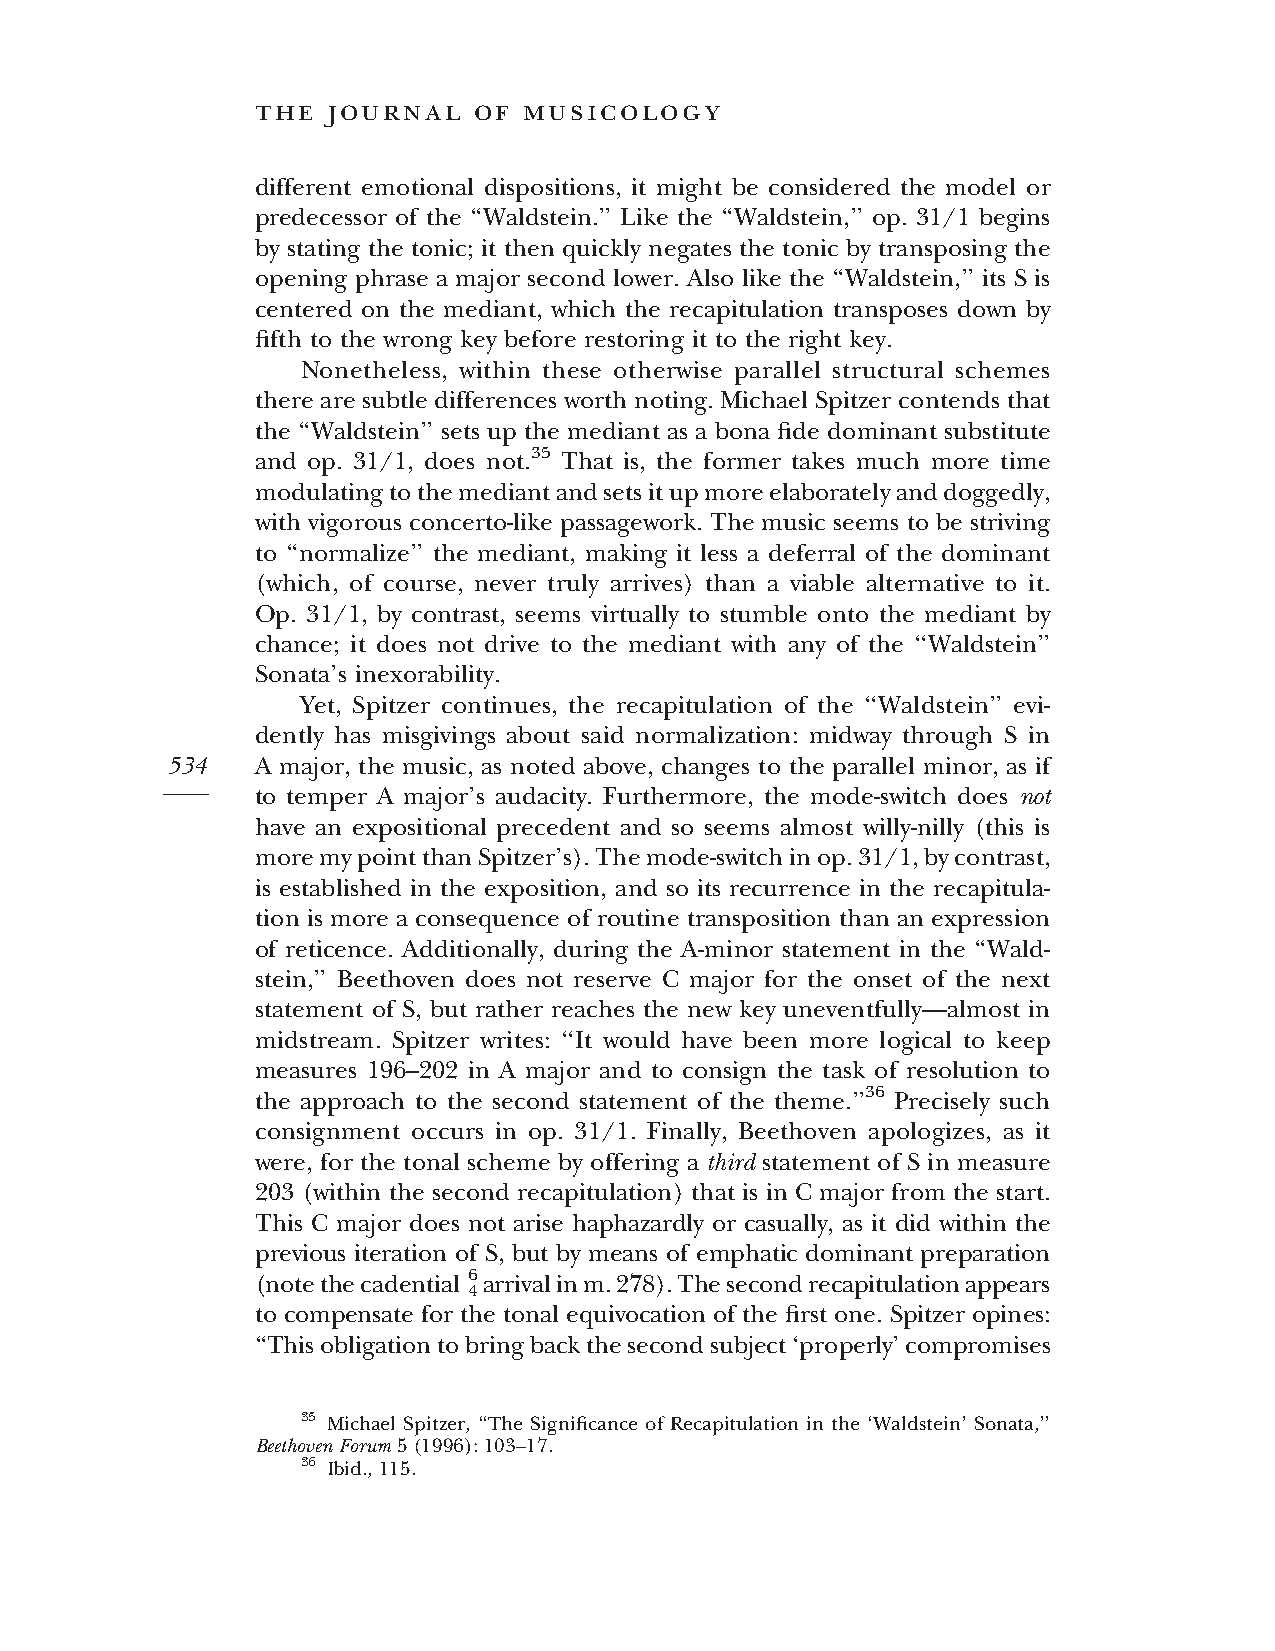
the  journal  of  musicology
 different emotional dispositions, it might be considered the model or
 predecessor of the ‘‘Waldstein.’’ Like the ‘‘Waldstein,’’ op. 31/1 begins
 by stating the tonic; it then quickly negates the tonic by transposing the
 opening phrase a major second lower. Also like the ‘‘Waldstein,’’ its S is
 centered on the mediant, which the recapitulation transposes down by
 fifth to the wrong key before restoring it to the right key.
 Nonetheless, within these otherwise parallel structural schemes
 there are subtle differences worth noting. Michael Spitzer contends that
 the ‘‘Waldstein’’ sets up the mediant as a bona fide dominant substitute
 and op. 31/1, does not.35 That is, the former takes much more time
 modulatingtothemediantandsetsitupmoreelaboratelyanddoggedly,
 with vigorous concerto-like passagework. The music seems to be striving
 to ‘‘normalize’’ the mediant, making it less a deferral of the dominant
 (which, of course, never truly arrives) than a viable alternative to it.
 Op. 31/1, by contrast, seems virtually to stumble onto the mediant by
 chance; it does not drive to the mediant with any of the ‘‘Waldstein’’
 Sonata’s inexorability.
 Yet, Spitzer continues, the recapitulation of the ‘‘Waldstein’’ evi-
 dently has misgivings about said normalization: midway through S in
 534   A major, the music, as noted above, changes to the parallel minor, as if
 to temper A major’s audacity. Furthermore, the mode-switch does not
 have an expositional precedent and so seems almost willy-nilly (this is
 moremypointthanSpitzer’s).Themode-switchinop.31/1,bycontrast,
 is established in the exposition, and so its recurrence in the recapitula-
 tion is more a consequence of routine transposition than an expression
 of reticence. Additionally, during the A-minor statement in the ‘‘Wald-
 stein,’’ Beethoven does not reserve C major for the onset of the next
 statement of S, but rather reaches the new key uneventfully—almost in
 midstream. Spitzer writes: ‘‘It would have been more logical to keep
 measures 196–202 in A major and to consign the task of resolution to
 the approach to the second statement of the theme.’’36 Precisely such
 consignment occurs in op. 31/1. Finally, Beethoven apologizes, as it
 were, for the tonal scheme by offering a third statement of S in measure
 203 (within the second recapitulation) that is in C major from the start.
 This C major does not arise haphazardly or casually, as it did within the
 previous iteration of S, but by means of emphatic dominant preparation
 (notethecadential 6arrivalinm.278).Thesecondrecapitulationappears
 4
 to compensate for the tonal equivocation of the first one. Spitzer opines:
 ‘‘Thisobligationtobringbackthesecondsubject‘properly’compromises
 35 Michael Spitzer, ‘‘The Significance of Recapitulation in the ‘Waldstein’ Sonata,’’
 BeethovenForum5(1996):103–17.
 36 Ibid.,115.